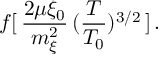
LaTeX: \: f [ \, \frac { 2 \mu \xi _ { 0 } } { m _ { \xi } ^ { 2 } } \, ( \frac { T } { T _ { 0 } } ) ^ { 3 / 2 } \, ] \, . \: